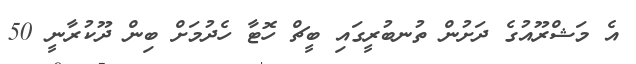
އެ މަޝްރޫއުގެ ދަށުން ތުނބުރީގައި ބީޗް ހޮޓާ ހެދުމަށް ބިން ދޫކުރާނީ 50